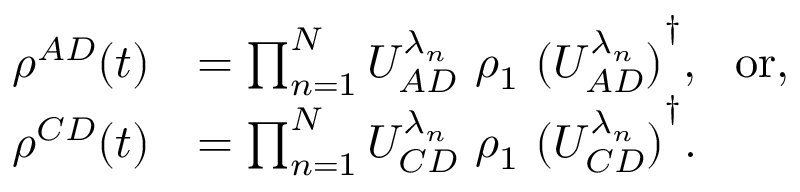
\begin{array} { r l } { \rho ^ { A D } ( t ) } & { = \prod _ { n = 1 } ^ { N } U _ { A D } ^ { \lambda _ { n } } ~ \rho _ { 1 } ~ { ( U _ { A D } ^ { \lambda _ { n } } ) } ^ { \dagger } , ~ ~ \mathrm { o r } , } \\ { \rho ^ { C D } ( t ) } & { = \prod _ { n = 1 } ^ { N } U _ { C D } ^ { \lambda _ { n } } ~ \rho _ { 1 } ~ { ( U _ { C D } ^ { \lambda _ { n } } ) } ^ { \dagger } . } \end{array}